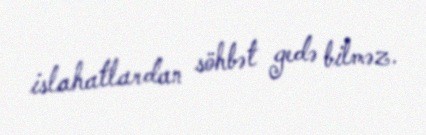
islahatlardan söhbət gedə bilməz.